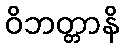
ဝိဘတ္တာနိ